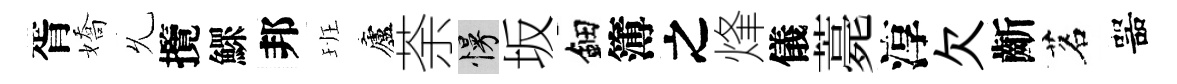
胥嬌𠃔攬鰥邦班廬荼慢坂鈿簿之烽儀薧淳欠齗茗噐